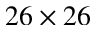
2 6 \times 2 6